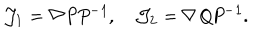
{ \cal J } _ { 1 } = \nabla \it P P ^ { - 1 } , \quad { \cal J } _ { 2 } = \nabla \it Q P ^ { - 1 } .